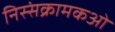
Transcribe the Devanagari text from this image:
निस्संक्रामकओं